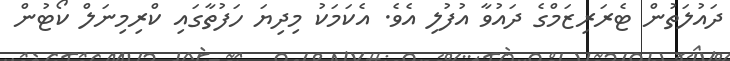
ދައުލަތުން ޓެރަރިޒަމްގެ ދައުވާ އުފުލި އެވެ. އެކަމަކު މިދިޔަ ހަފުތާގައި ކްރިމިނަލް ކޯޓުން